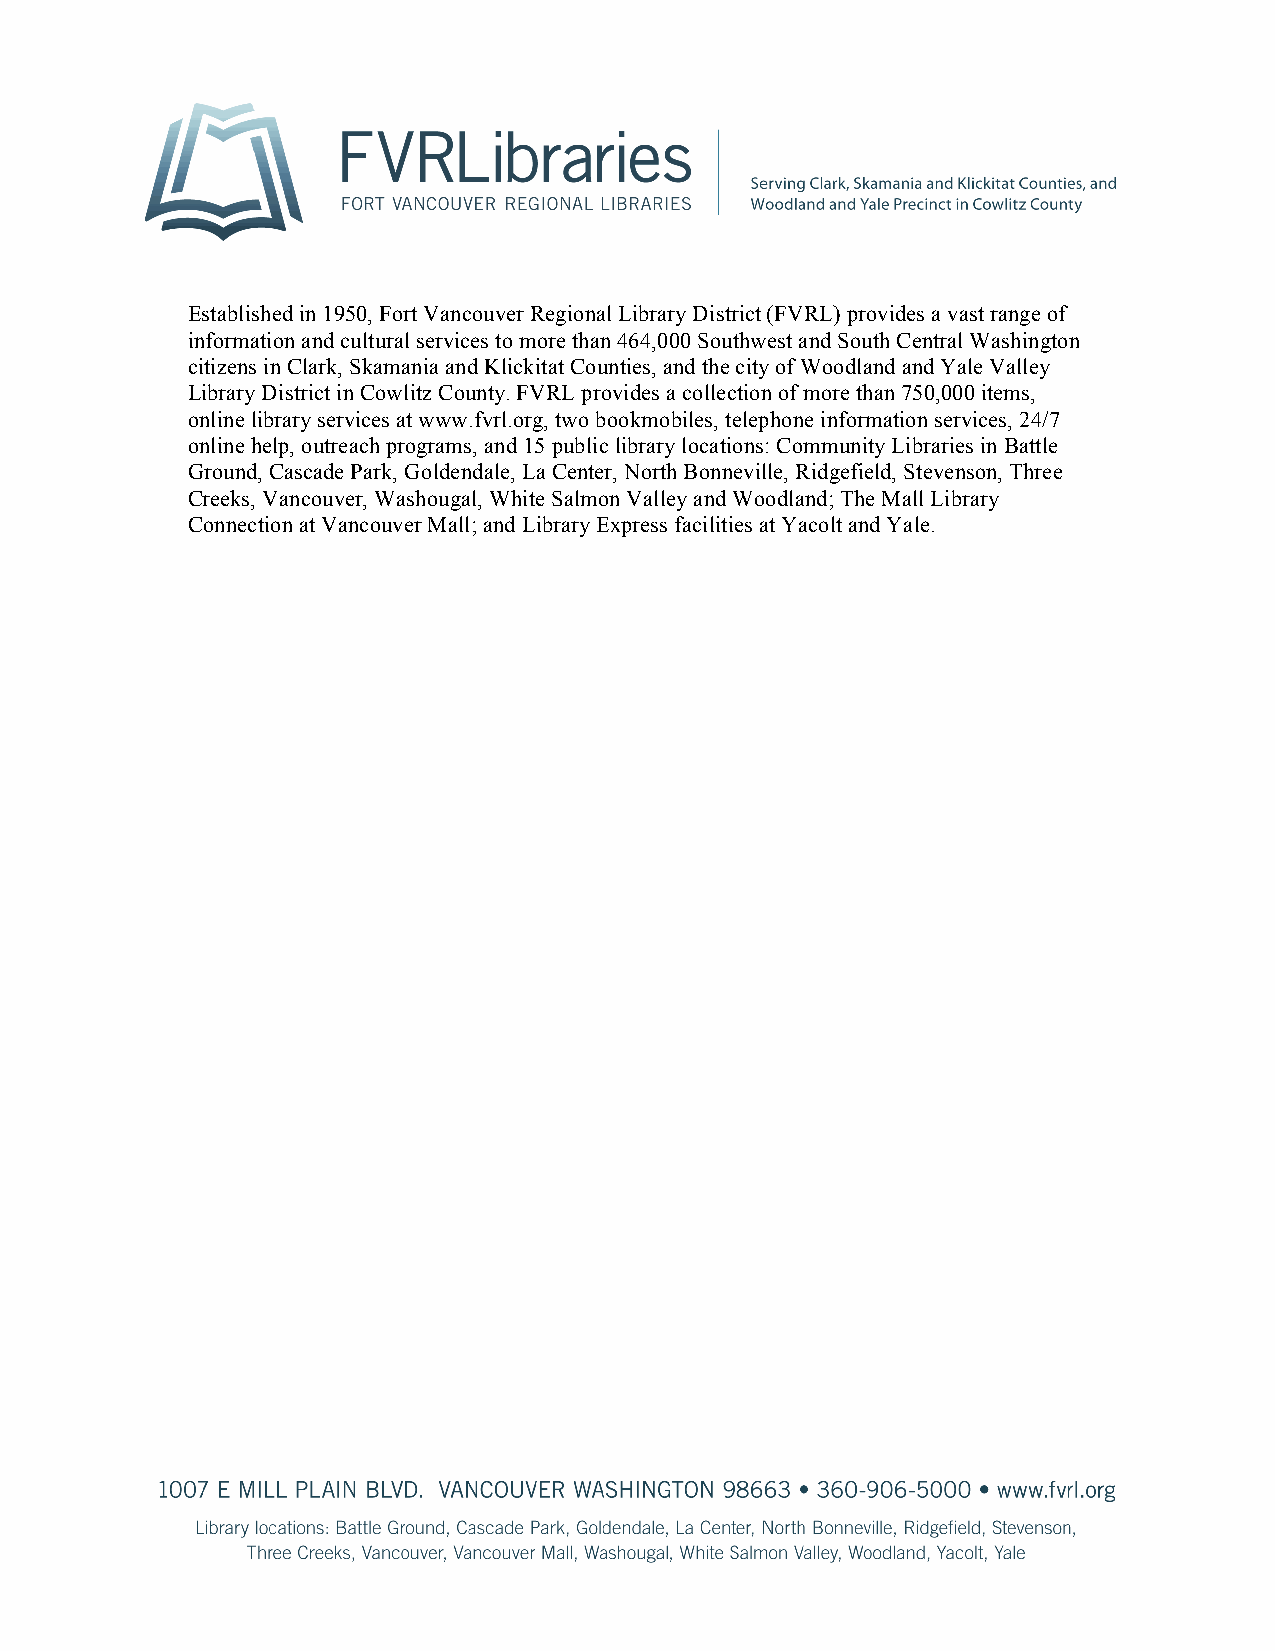
Established in 1950, Fort Vancouver Regional Library District (FVRL) provides a vast range of
 information and cultural services to more than 464,000 Southwest and South Central Washington
 citizens in Clark, Skamania and Klickitat Counties, and the city of Woodland and Yale Valley
 Library District in Cowlitz County. FVRL provides a collection of more than 750,000 items,
 online library services at www.fvrl.org, two bookmobiles, telephone information services, 24/7
 online help, outreach programs, and 15 public library locations: Community Libraries in Battle
 Ground, Cascade Park, Goldendale, La Center, North Bonneville, Ridgefield, Stevenson, Three
 Creeks, Vancouver, Washougal, White Salmon Valley and Woodland; The Mall Library
 Connection at Vancouver Mall; and Library Express facilities at Yacolt and Yale.